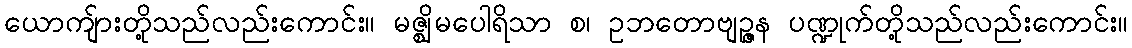
ယောကျ်ားတို့သည်လည်းကောင်း။ မဇ္ဈိမပေါရိသာ စ၊ ဥဘတောဗျဉ္ဇန ပဏ္ဍုက်တို့သည်လည်းကောင်း။